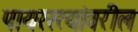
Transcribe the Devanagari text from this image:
पायरस्त्यांवरील